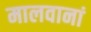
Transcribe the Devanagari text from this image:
मालवानां